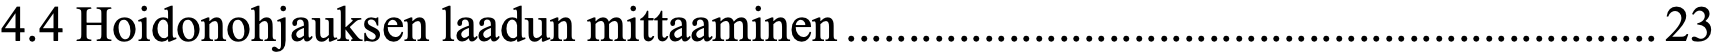
4.4 Hoidonohjauksen laadun mittaaminen ................................................................. 23